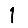
Digit: 1